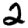
Digit: 2